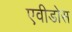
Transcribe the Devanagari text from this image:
एवीडोस